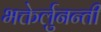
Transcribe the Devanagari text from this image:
भक्तेर्लुनन्ती